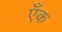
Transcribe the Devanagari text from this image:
एँक